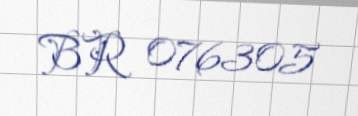
BR 076305